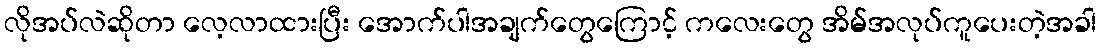
လိုအပ်လဲဆိုတာ လေ့လာထားပြီး အောက်ပါအချက်တွေကြောင့် ကလေးတွေ အိမ်အလုပ်ကူပေးတဲ့အခါ